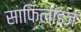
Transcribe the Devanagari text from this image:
साफिलाइज़